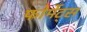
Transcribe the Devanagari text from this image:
फोर्मेट्स